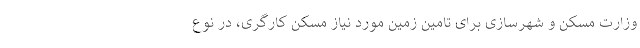
وزارت مسکن و شهرسازی برای تامین زمین مورد نیاز مسکن کارگری، در نوع